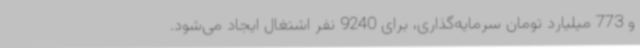
و 773 میلیارد تومان سرمایه‌گذاری، برای 9240 نفر اشتغال ایجاد می‌شود.